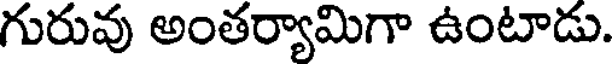
గురువు అంతర్యామిగా ఉంటాడు.